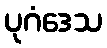
ပုဂံဒေသ